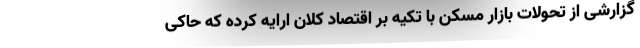
گزارشی از تحولات بازار مسکن با تکیه بر اقتصاد کلان ارایه کرده که حاکی